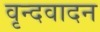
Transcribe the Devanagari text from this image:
वृन्दवादन